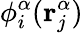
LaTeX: \phi_{i}^{\alpha}(\mathbf{r}_{j}^{\alpha})